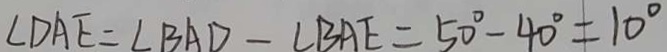
\angle D A E = \angle B A D - \angle B A E = 5 0 ^ { \circ } - 4 0 ^ { \circ } = 1 0 ^ { \circ }